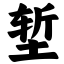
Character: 堑